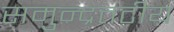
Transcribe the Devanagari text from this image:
समुन्द्रतटीय